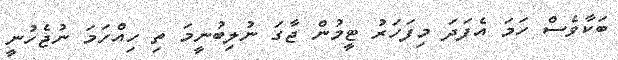
ބަކާވެސް ހަމަ އެފަދަ މިފަހަރު ޓީމުން ޖާގަ ނުލިބުނީމަ ތި ހިއްހަމަ ނުޖެހުނީ